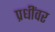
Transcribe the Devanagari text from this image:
प्रधींवर